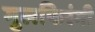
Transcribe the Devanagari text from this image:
गुलफिरंगी